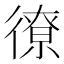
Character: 𫹣